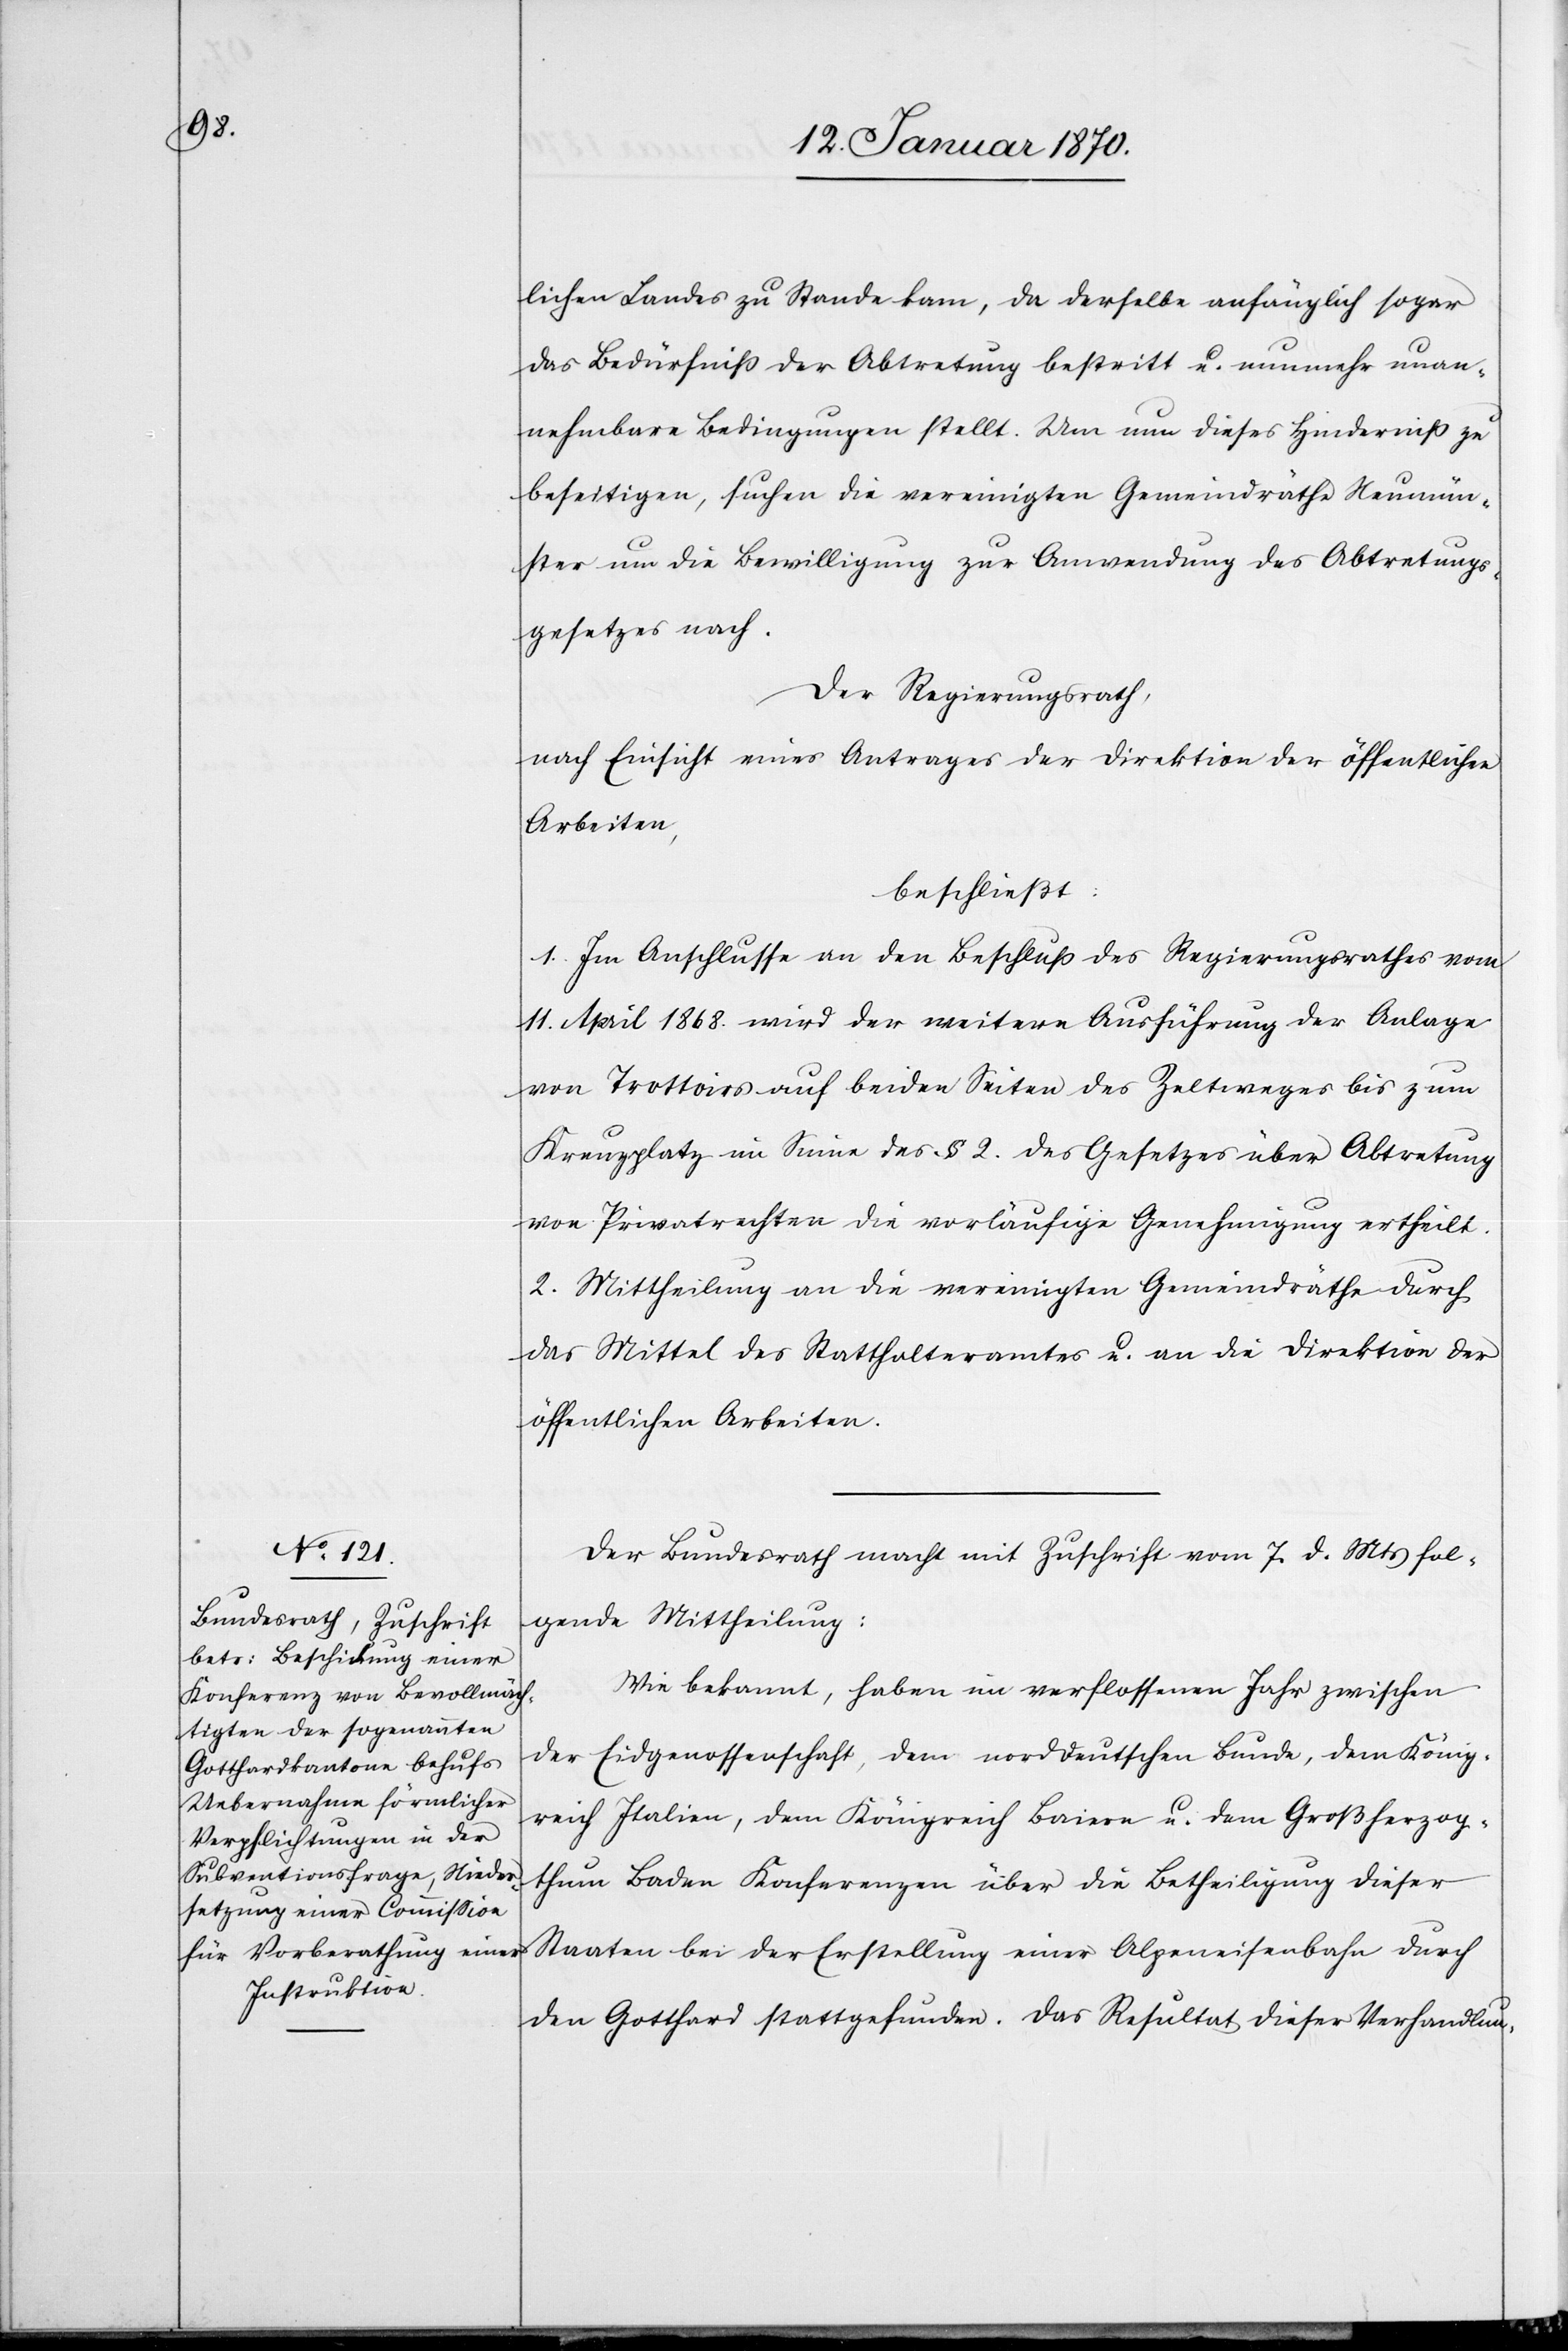
lichen Landes zu Stande kam, da derselbe anfänglich sogar
das Bedürfniß der Abtretung bestritt u. nunmehr unan¬
nehmbare Bedingungen stellt. Um nun dieses Hinderniß zu
beseitigen, suchen die vereinigten Gemeindräthe Neumün¬
ster um die Bewilligung zur Anwendung des Abtretungs¬
gesetztes nach.
Der Regierungsrath,
nach Einsicht eines Antrages der Direktion der öffentlichen
Arbeiten
beschließt:
1. Im Anschlusse an den Beschluß des Regierungsrathes vom
11. April 1868. wird der weitern Ausführung der Anlage
von Trottoirs auf beiden Seiten des Zeltweges bis zum
Kreuzplatz im Sinne des § 2. des Gesetzes über Abtretung
von Privatrechten die vorläufige Genehmigung ertheilt.
2. Mittheilung an die vereinigten Gemeindräthe durch
das Mittel des Statthalteramtes u. an die Direktion der
öffentlichen Arbeiten.
Der Bundesrath macht mit Zuschrift vom 7. d. Mts. fol¬
gende Mittheilung:
Wie bekannt, haben im verflossenen Jahr zwischen
der Eidgenossenschaft, dem norddeutschen Bunde, dem König¬
reich Italien, dem Königreich Baisse u. dem Großherzog¬
thum Baden Konferenzen über die Betheiligung dieser
Staaten bei der Erstellung einer Alpeneisenbahn durch
den Gotthard stattgefunden. Das Resultat dieser Verhandlun-